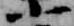
小